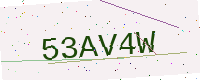
Text: 53AV4W